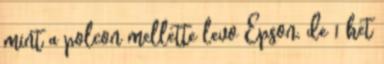
mint a polcon mellette levo Epson, de 1 het